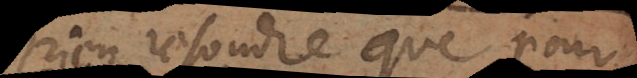
rien resoudre que pour